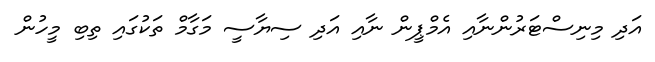
އަދި މިނިސްޓަރުންނާއި އެމްޕީން ނާއި އަދި ސިޔާސީ މަގާމް ތަކުގައި ތިބި މީހުން